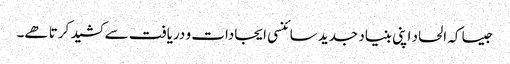
جیسا کہ الحاد اپنی بنیاد جدید سائنسی ایجادات و دریافت سے کشید کرتا ھے۔